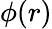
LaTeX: \phi(r)